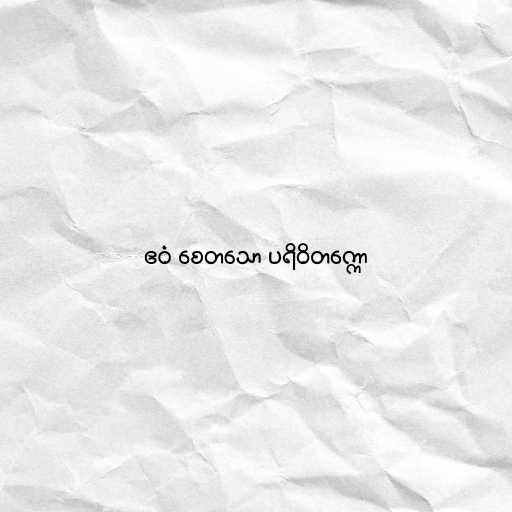
ဧဝံ စေတသော ပရိဝိတက္ကော